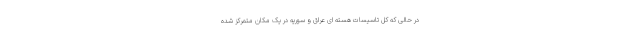
در حالی که کل تاسیسات هسته ای عراق و سوریه در یک مکان متمرکز شده